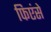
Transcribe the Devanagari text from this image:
फिएंसे